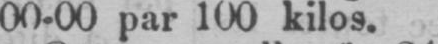
00-00 par 100 kilos.